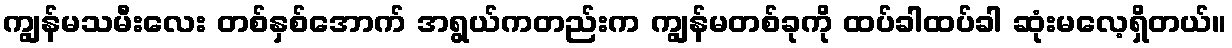
ကျွန်မသမီးလေး တစ်နှစ်အောက် အရွယ်ကတည်းက ကျွန်မတစ်ခုကို ထပ်ခါထပ်ခါ ဆုံးမလေ့ရှိတယ်။